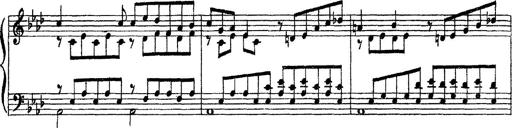
Title: 3 sonetti di Petrarca
Composer: Franz Liszt